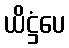
ယိဋ္ဌံပေ